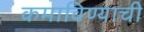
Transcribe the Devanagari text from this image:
कमाविण्याची